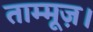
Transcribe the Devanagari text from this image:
ताम्मूज़।